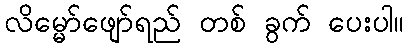
လိမ္မော်ဖျော်ရည် တစ် ခွက် ပေးပါ။